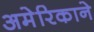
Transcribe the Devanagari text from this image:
अमेरिकाने